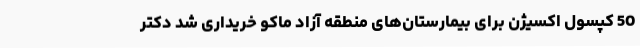
50 کپسول اکسیژن برای بیمارستان‌های منطقه آزاد ماکو خریداری شد دکتر